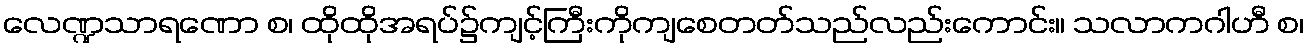
လေဏ္ဍသာရဏော စ၊ ထိုထိုအရပ်၌ကျင့်ကြီးကိုကျစေတတ်သည်လည်းကောင်း။ သလာကဂါဟီ စ၊